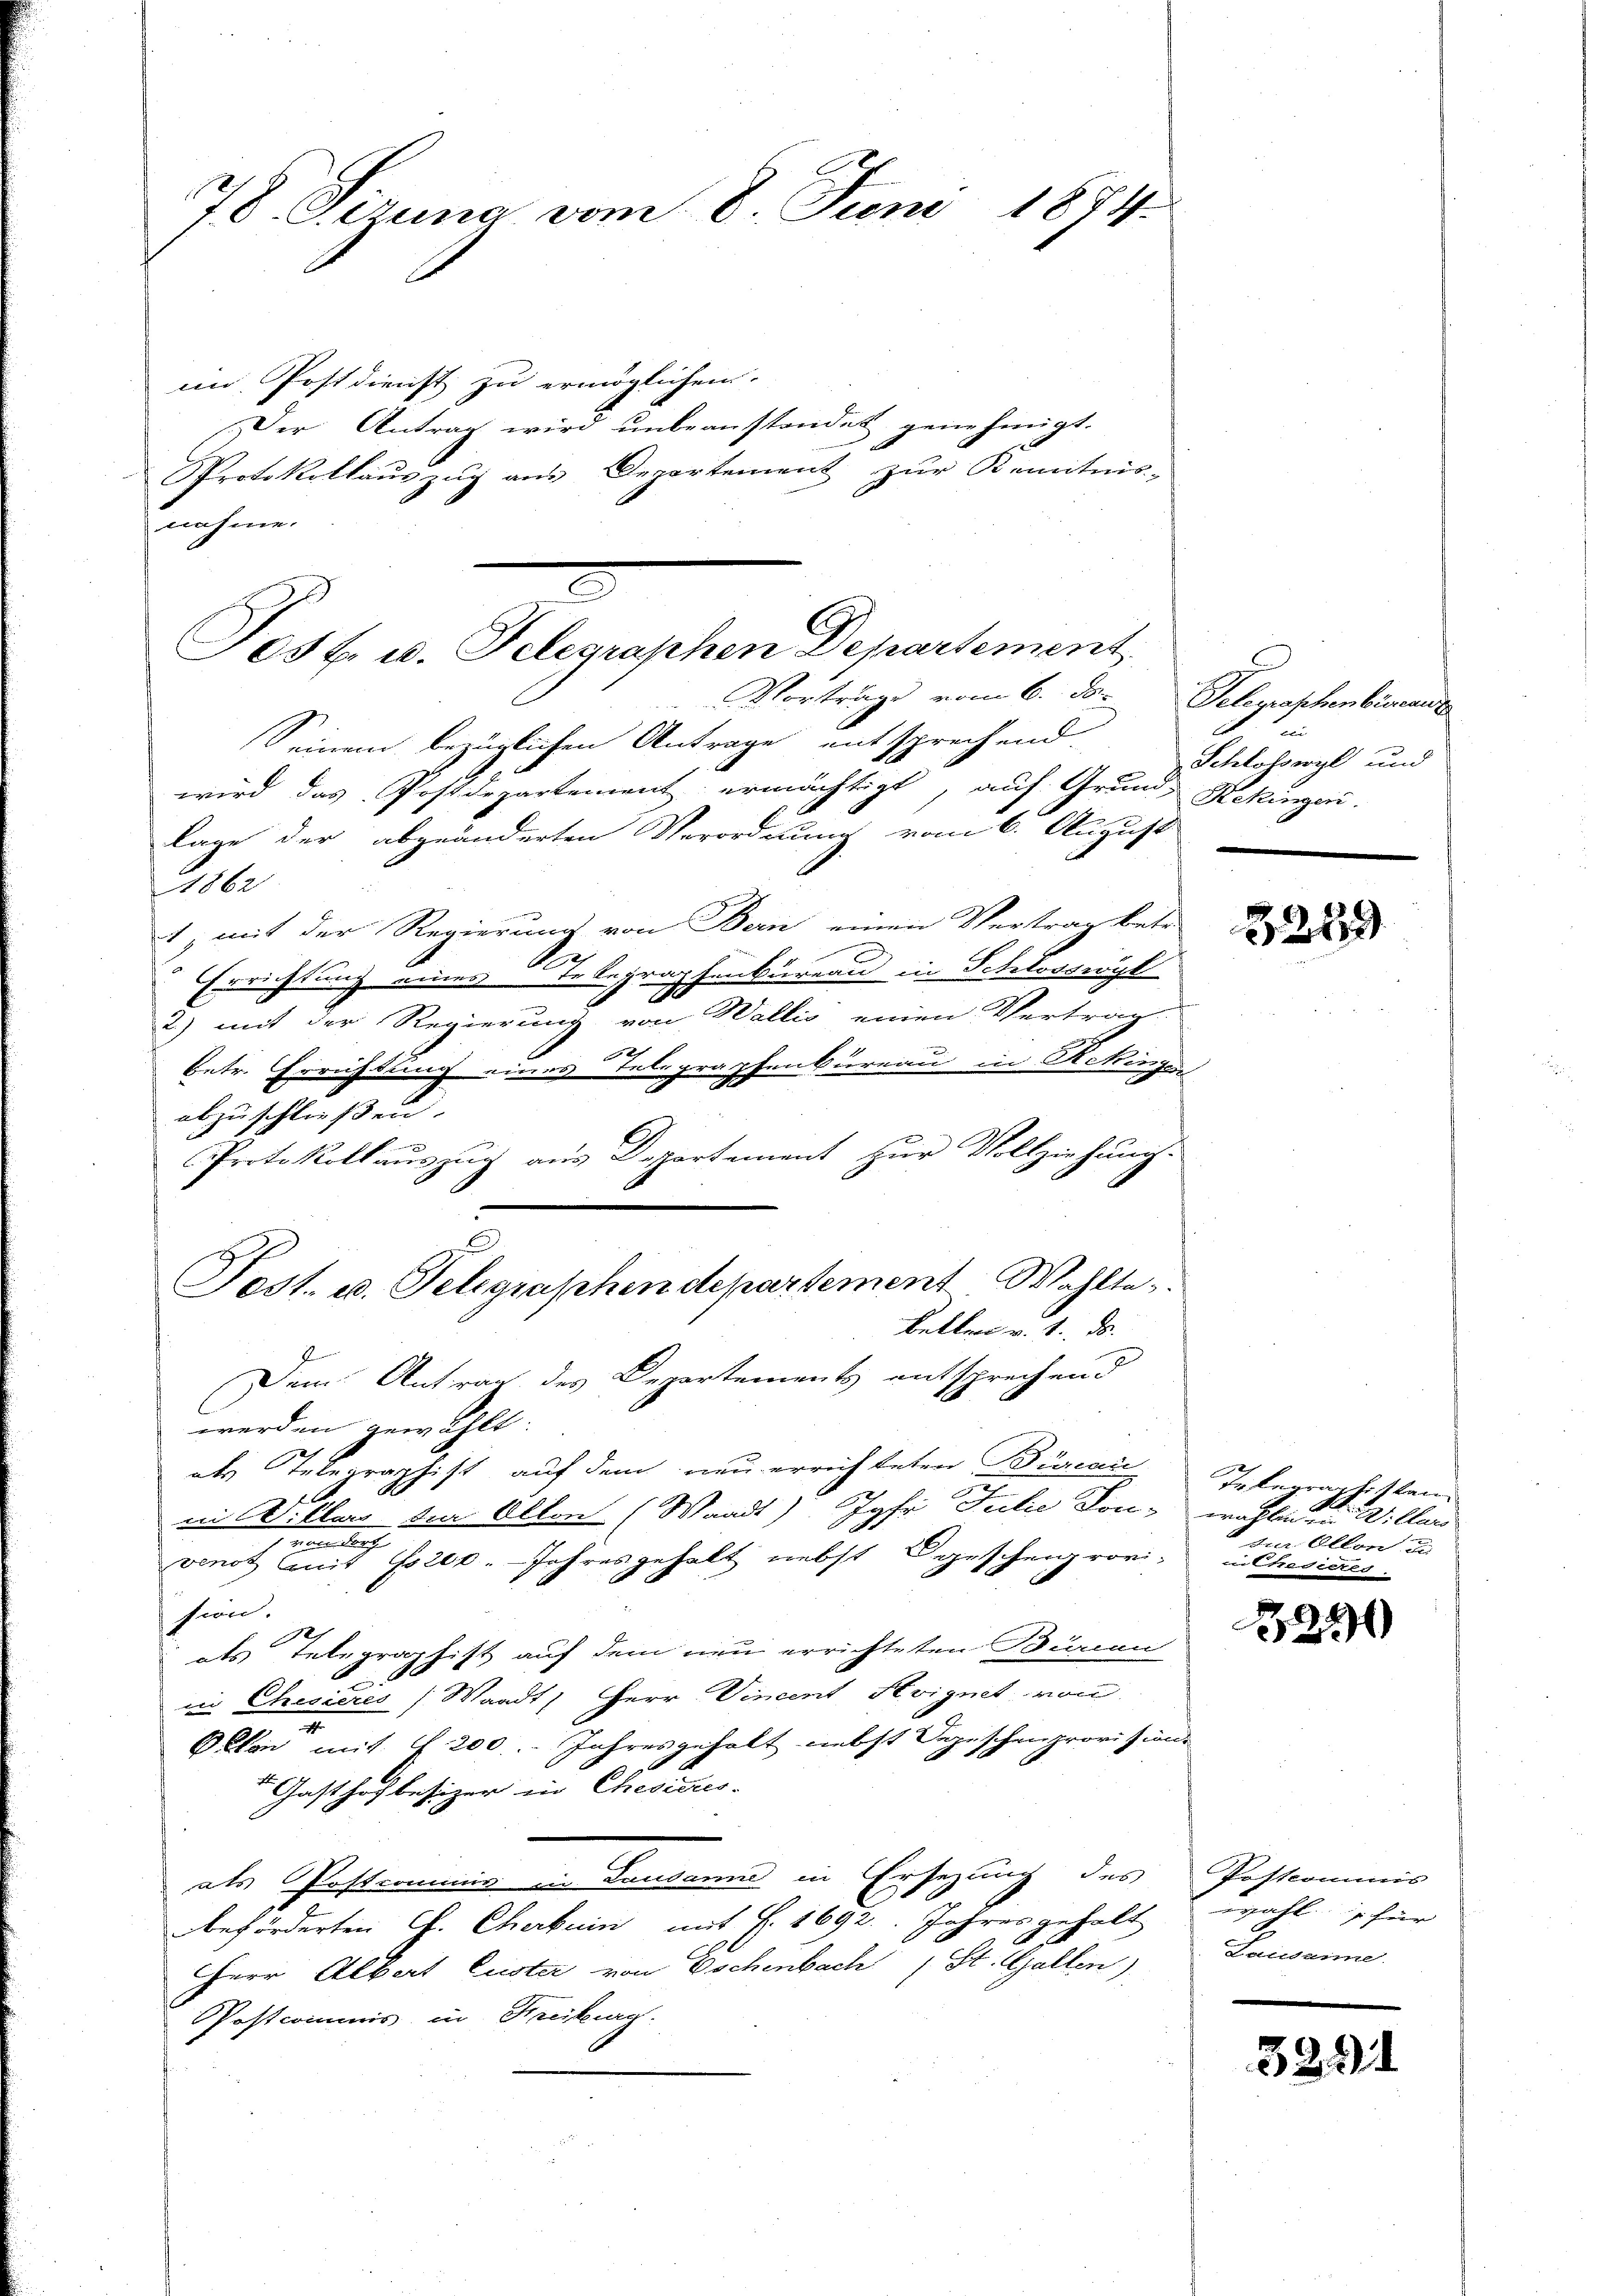
78. Siruna vom 8. Juni 1874.

im Postdienst zu ermöglichen.
Der Antrag wird unbeanstandet genehmigt.
Protokollauszug aus Departement zur Kenntnis-
nahme.
wird das Postdepartement ermächtigt, auf Grund, Rekinger.
lage der abgeänderten Verordnung vom 6. August
le
1; mit der Regierung von Bern einen Vertrag betr.
Errichtung einer der Regraphenbureau in Schlossrögt
2) mit der Regierung von Wallis einen Vertrag
betr. Errichtung eines Telegraphenbureau in Ackinger
abzuschließen.
t
Protokollauszug aus Departement zur Vollziehung.
C
Post. u. Telegraphen departement Wahlte
bellen v. 1. ds.
Dem Antrag des Departements entsprechend
werden gewählt.
als Telegraphist auf dem neu errichteten Büreau
e
e
in Willers die Allen (Waadt) Jgfi Julie Kon-
7 von dorf
venot mit Ester. Jahresgehalt nebst Depeschengrovi-
sen.
 als Telegraphist auf dem neu errichteten Bierien
in Chisieres (Waadt, Herr Vincent Steignet von
Okan mit § 200. Jahresgehalt nebst Sepischenprovisions
 Gasthof besizer in Chevicis.
als Postrominis in Lausanne in Ersezung des
beförderten J. Cherbein mit §. 1692. Jahres gehalt
HHerr Albert Custer von Eschenbach 1 St. Gallen)
Postcommis in Freiburg.

05 f. u. Telegraphen Departement
Vorträge vom 6. ds.
Seinem bezüglichen Antrage entsprechend.

Pelerathenbeinande
d. i
Schlosserzl und

2619

Inbegraphst kan
wahlen an W. Clar
 zur Ollon, u.
 radieres.

211

Postcommis
wahl is für
Laudame.

329.